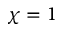
\chi = 1